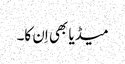
میڈیا بھی اِن کا۔